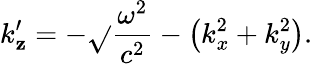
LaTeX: k_{\mathbf{z}}^{\prime}=-{\sqrt{}{{{\frac{{\omega^{2}}}{{c^{2}}}}-\left(k_{x}^{2}+k_{y}^{2}\right)}}}.